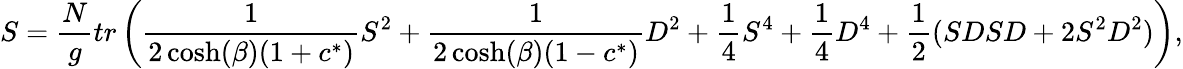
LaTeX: S={\frac{N}{g}}tr\left({\frac{1}{2\cosh(\beta)(1+c^{*})}}S^{2}+{\frac{1}{2\cosh(\beta)(1-c^{*})}}D^{2}+{\frac{1}{4}}S^{4}+{\frac{1}{4}}D^{4}+{\frac{1}{2}}(SDSD+2S^{2}D^{2})\right),